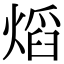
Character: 熖